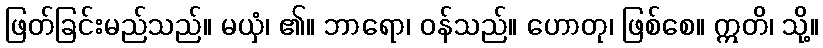
ဖြတ်ခြင်းမည်သည်။ မယှံ၊ ၏။ ဘာရော၊ ဝန်သည်။ ဟောတု၊ ဖြစ်စေ။ ဣတိ၊ သို့။